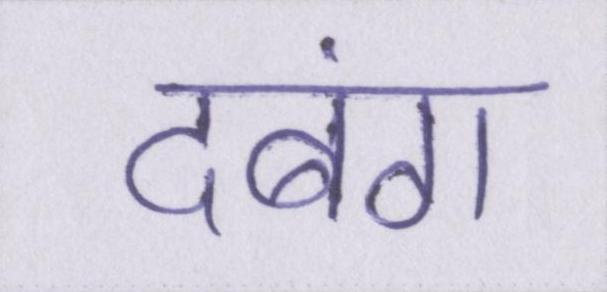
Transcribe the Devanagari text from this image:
दबंग